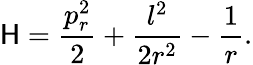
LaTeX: \mathsf{H}={\frac{{p_{r}^{2}}}{{2}}}+{\frac{{l^{2}}}{{2r^{2}}}}-{\frac{{1}}{{r}}}.